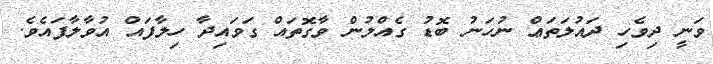
ވަނީ ދިވެހި ދައުލަތަޢް ނުހަނު ބޮޑު ގެއްލުން ވާގޮތައް ގަވައިދާ ހިލާފައް އުވާލާފައެވެ.